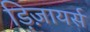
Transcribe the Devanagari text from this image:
ड़िज़ायर्स